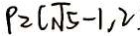
P = ( \sqrt { 5 } - 1 , 2 )